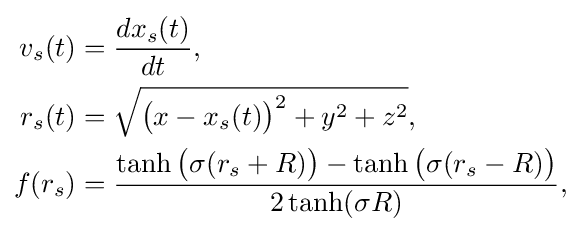
{\begin{aligned}v_{s}(t)&={\frac {dx_{s}(t)}{dt}},\\r_{s}(t)&={\sqrt {{\big (}x-x_{s}(t){\big )}^{2}+y^{2}+z^{2}}},\\f(r_{s})&={\frac {\tanh {\big (}\sigma (r_{s}+R){\big )}-\tanh {\big (}\sigma (r_{s}-R){\big )}}{2\tanh(\sigma R)}},\end{aligned}}